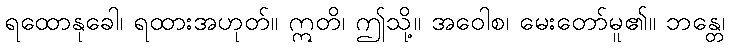
ရထောနုခေါ၊ ရထားအဟုတ်။ ဣတိ၊ ဤသို့။ အဝေါစ၊ မေးတော်မူ၏။ ဘန္တေ၊